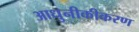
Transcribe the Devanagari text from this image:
आधुनीकीकरण